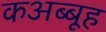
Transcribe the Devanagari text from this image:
कअब्बूह